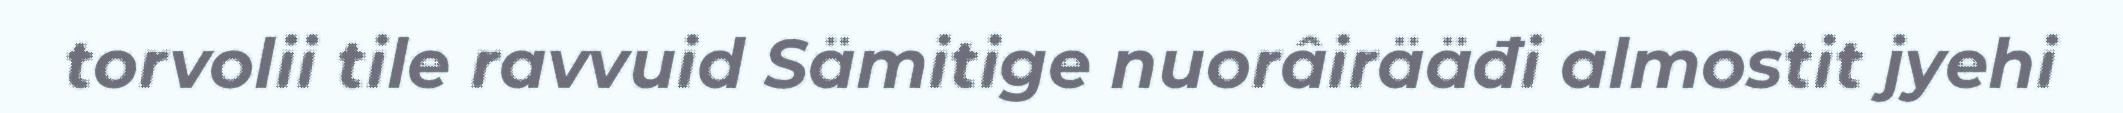
torvolii tile ravvuid Sämitige nuorâirääđi almostit jyehi